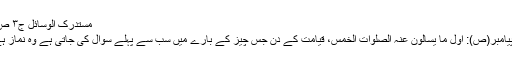
مستدرک الوسائل ج۳ ص۷
↑ پیامبر(ص): اول ما یسالون عنہ الصلوات الخمس، قیامت کے دن جس چیز کے بارے میں سب سے پہلے سوال کی جاتی ہے وہ نماز ہے۔